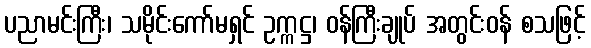
ပညာမင်းကြီး၊ သမိုင်းကော်မရှင် ဥက္ကဋ္ဌ၊ ဝန်ကြီးချုပ် အတွင်းဝန် စသဖြင့်